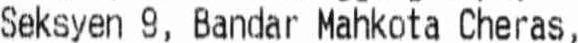
SEKSYEN 9, BANDAR MAHKOTA CHERAS,